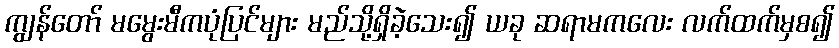
ကျွန်တော် မမွေးမီကပုံပြင်များ မည်သို့ရှိခဲ့သေး၍ ယခု ဆရာမကလေး လက်ထက်မှစ၍